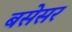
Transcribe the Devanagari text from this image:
बसेसर